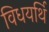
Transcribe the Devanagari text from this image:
विधयर्थि